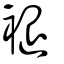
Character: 褪